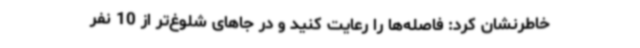
خاطرنشان کرد: فاصله‌ها را رعایت کنید و در جاهای شلوغ‌تر از 10 نفر